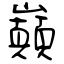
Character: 巔